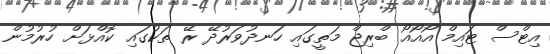
އިޓްސް ޓައިމް އޯއޯއޯ ބްރިޖް މަތީގައި ހަނދުވަރުދޭ ރޭ ތަކުގައި ކޮއްޅަށް ހުރުމުން